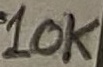
Text: 10K